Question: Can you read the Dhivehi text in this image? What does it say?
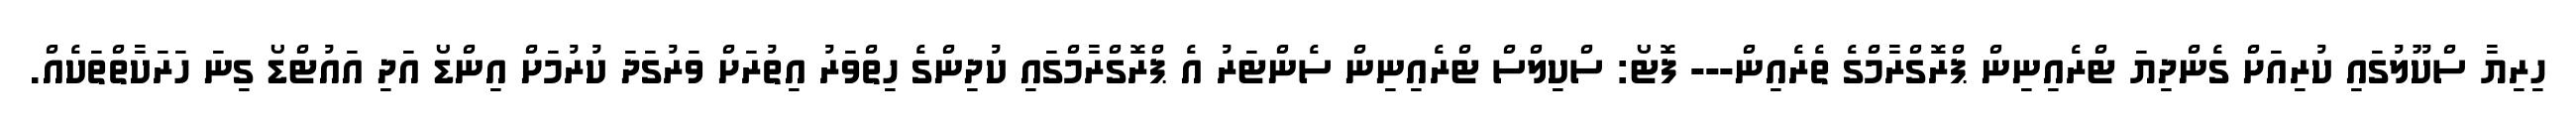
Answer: ހިރިޔާ ސްކޫލުގައި ކުރިއަށް ގެންދިޔަ ޓްރެއިނިން ޕްރޮގްރާމްގެ ތެރެއިން--- ފޮޓޯ: ސްކިލްސް ޓްރެއިނިން ސެންޓަރު އެ ޕްރޮގްރާމްގައި ކުދިންގެ ހިތްވަރު އިތުރަށް ވަރުގަދަ ކުރުމަށް އިންޑޯ އަދި އައުޓްޑޯ ގިނަ ހަރަކާތްތަކެއް.